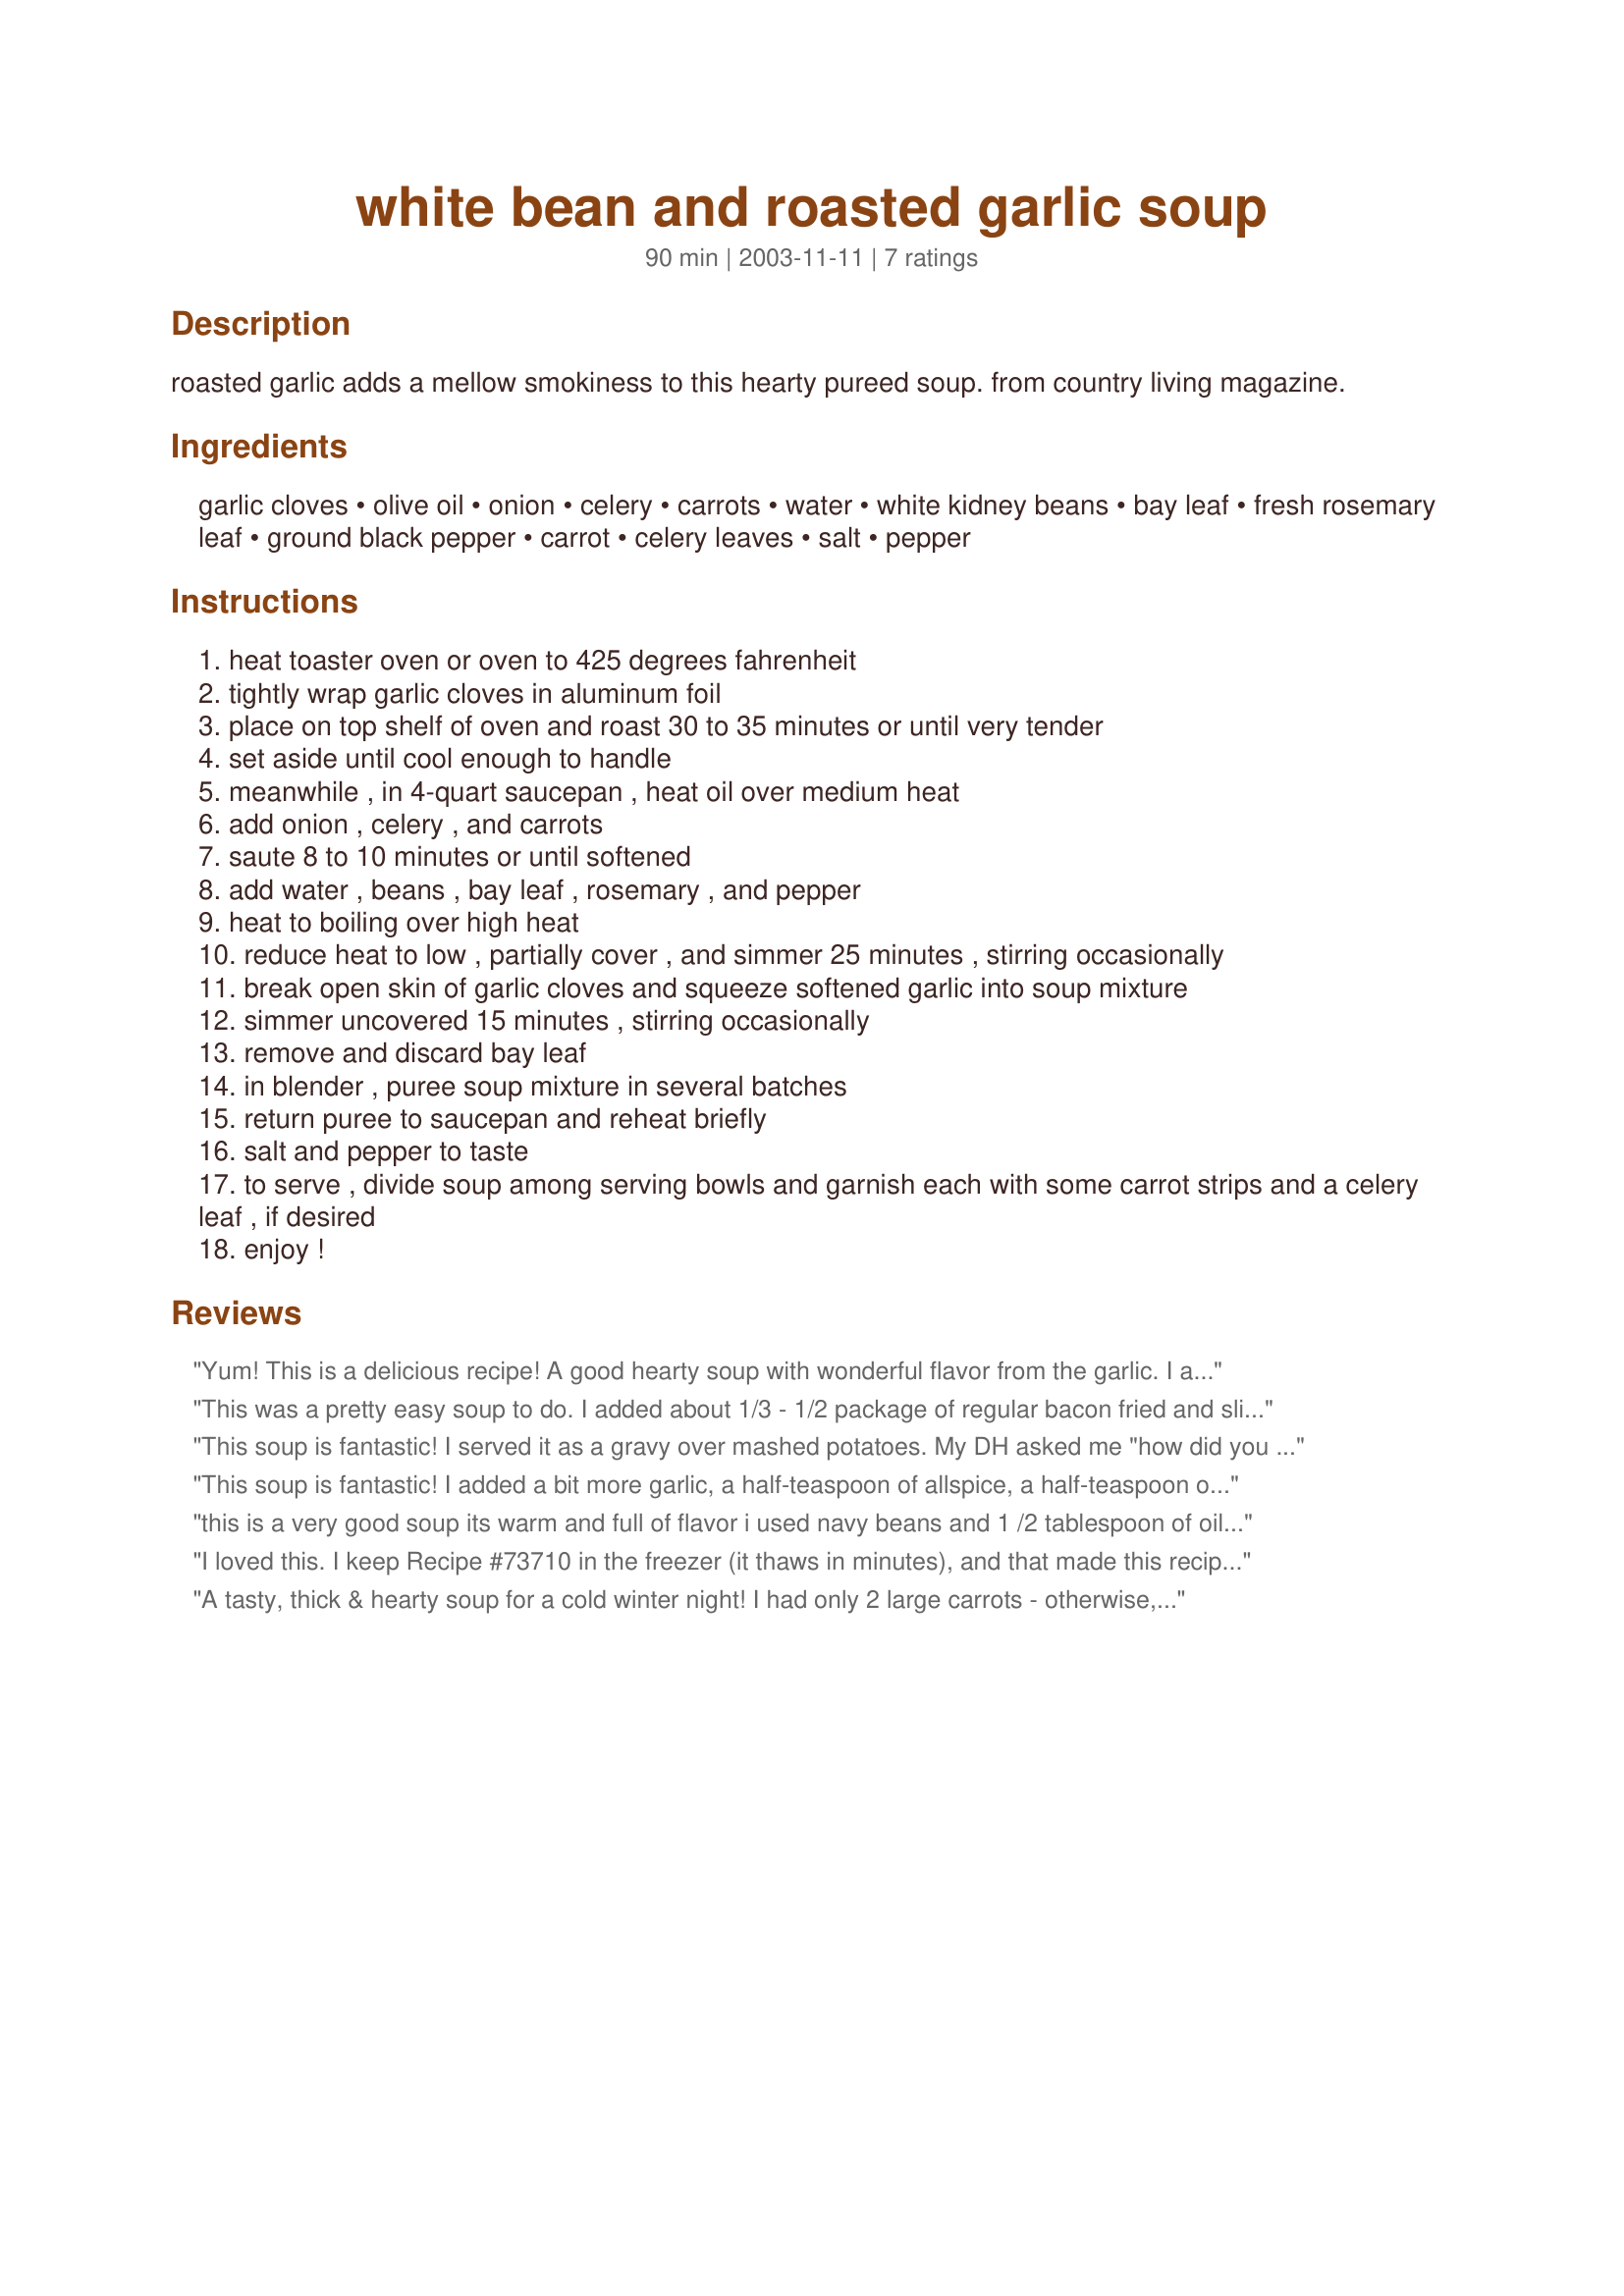
white bean and roasted garlic soup
Preparation time: 90 minutes

roasted garlic adds a mellow smokiness to this hearty pureed soup. from country living magazine.

Ingredients:
garlic cloves, olive oil, onion, celery, carrots, water, white kidney beans, bay leaf, fresh rosemary leaf, ground black pepper, carrot, celery leaves, salt, pepper

Steps:
heat toaster oven or oven to 425 degrees fahrenheit
tightly wrap garlic cloves in aluminum foil
place on top shelf of oven and roast 30 to 35 minutes or until very tender
set aside until cool enough to handle
meanwhile , in 4-quart saucepan , heat oil over medium heat
add onion , celery , and carrots
saute 8 to 10 minutes or until softened
add water , beans , bay leaf , rosemary , and pepper
heat to boiling over high heat
reduce heat to low , partially cover , and simmer 25 minutes , stirring occasionally
break open skin of garlic cloves and squeeze softened garlic into soup mixture
simmer uncovered 15 minutes , stirring occasionally
remove and discard bay leaf
in blender , puree soup mixture in several batches
return puree to saucepan and reheat briefly
salt and pepper to taste
to serve , divide soup among serving bowls and garnish each with some carrot strips and a celery leaf , if desired
enjoy !

Reviews:
Yum! This is a delicious recipe! A good hearty soup with wonderful flavor from the garlic. I added some bacon bits for even more smokey flavor. Excellent comfort food on a cold night. Thanks for the recipe!
This was a pretty easy soup to do. I added about 1/3 - 1/2 package of regular bacon fried and sliced up. Next time we'll add the whole package to get more bacon taste. We also added a fair bit of salt, more than I thought would be needed. My DH even said he would eat this again. I added about 1 and a half cups of chopped up carrots, I didn't have 3, just baby carrots. It tasted just fine that way. I also didn't add a full onion, just a half. Being that this was so simple and cost effective to make, it will definately enter our regular meals. It would even freeze very well.
This soup is fantastic! I served it as a gravy over mashed potatoes. My DH asked me "how did you do this?".
It was a hit. I added a couple of extra roasted garlic cloves (I love garlic). Thanks for the recipe!
This soup is fantastic! I added a bit more garlic, a half-teaspoon of allspice, a half-teaspoon of paprika, and either some chopped crispy bacon or Canadian bacon. I also used my immersion blender. It would go great with some homemade garlic croutons. Thank you for sharing this!
this is a very good soup its warm and full of flavor i used navy beans and 1 /2 tablespoon of oil , doc says for me, this is a soup you should try it bumps up canned beans to something special
I loved this. I keep Recipe #73710 in the freezer (it thaws in minutes), and that made this recipe come together so quickly. I used my immersion blender instead of taking the soup out of the pot, so it was a bit chunkier than your photo, but still very lovely. I also found that I needed to add salt at serving, despite putting two good pinches of kosher salt while it was cooking. This is hearty & healthy and one I will make again!
A tasty, thick & hearty soup for a cold winter night! I had only 2 large carrots - otherwise, I followed the recipe verbatim. Next time, I'll season with salt at step 6. Thanx Sharon!
